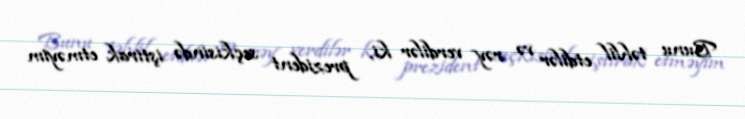
Bunu təhlil etdilər və rəy verdilər ki, prezident seçkisində iştirak etməyim